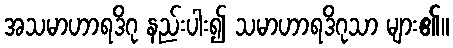
အသမာဟာရဒိဂု နည်းပါး၍ သမာဟာရဒိဂုသာ များ၏။